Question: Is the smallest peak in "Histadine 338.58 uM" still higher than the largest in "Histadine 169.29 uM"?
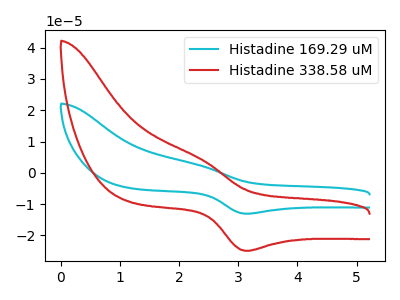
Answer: <think>The cyan curve "Histadine 169.29 uM" has an anodic peak at (2.30V, 2.55uA) and a cathodic peak at (3.15V, -13.05uA). The red curve "Histadine 338.58 uM" has an anodic peak at (2.30V, 4.90uA) and a cathodic peak at (3.15V, -24.95uA).</think>
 <answer>Every peak in "Histadine 338.58 uM" is higher than every peak in "Histadine 169.29 uM".</answer>
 <eval>higher</eval>